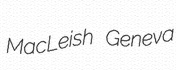
MacLeish Geneva